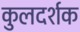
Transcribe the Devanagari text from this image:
कुलदर्शक